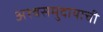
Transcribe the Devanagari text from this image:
अश्वसमुदायाची